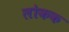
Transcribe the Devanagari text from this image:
लोकक